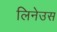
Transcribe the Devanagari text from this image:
लिनेउस